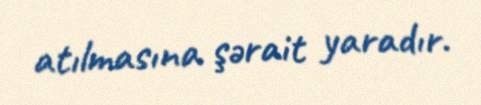
atılmasına şərait yaradır.